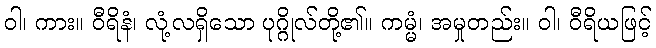
ဝါ၊ ကား။ ဝီရိနံ၊ လုံ့လရှိသော ပုဂ္ဂိုလ်တို့၏။ ကမ္မံ၊ အမှုတည်း။ ဝါ၊ ဝီရိယဖြင့်